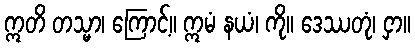
ဣတိ တသ္မာ၊ ကြောင့်။ ဣမံ နယံ၊ ကို။ ဒေဿတုံ၊ ငှာ။